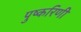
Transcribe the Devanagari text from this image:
पुष्‍करिणी